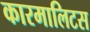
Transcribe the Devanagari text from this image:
कारमालिटस